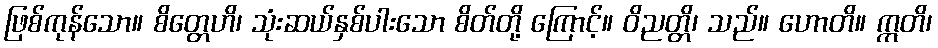
ဖြစ်ကုန်သော။ စိတ္တေဟိ၊ သုံးဆယ်နှစ်ပါးသော စိတ်တို့ ကြောင့်။ ဝိညတ္တိ၊ သည်။ ဟောတိ။ ဣတိ၊